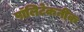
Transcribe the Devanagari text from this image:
पॉलिटेकनीक